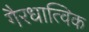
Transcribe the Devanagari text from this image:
गैरधात्विक